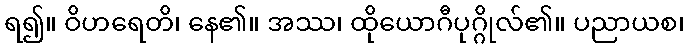
ရ၍။ ဝိဟရေတိ၊ နေ၏။ အဿ၊ ထိုယောဂီပုဂ္ဂိုလ်၏။ ပညာယစ၊